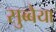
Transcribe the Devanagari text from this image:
सुब्बैया